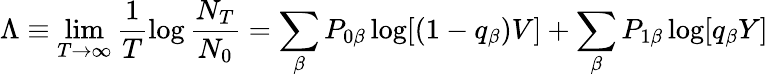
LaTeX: \Lambda\equiv\operatorname*{lim}_{T\to\infty}\frac{1}{T}\log\frac{N_{T}}{N_{0}}=\sum_{\beta}P_{0\beta}\log[(1-q_{\beta})V]+\sum_{\beta}P_{1\beta}\log[q_{\beta}Y]